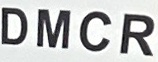
D M C R